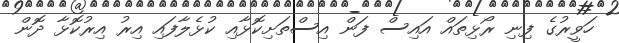
ހަވީރުގެ ފިނި ރޯޅިތައް އައިސް ފަން އިސްތަށިކޮޅާއި ކުޅެލާފައި އިރު އިރުކޮޅާ ދޮން